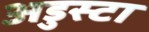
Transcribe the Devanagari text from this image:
अडुस्टा